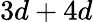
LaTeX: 3d+4d